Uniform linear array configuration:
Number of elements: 48
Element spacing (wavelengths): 0.25
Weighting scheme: blackman
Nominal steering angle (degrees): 30
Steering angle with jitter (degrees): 28.143
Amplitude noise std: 0.05
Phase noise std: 0.05

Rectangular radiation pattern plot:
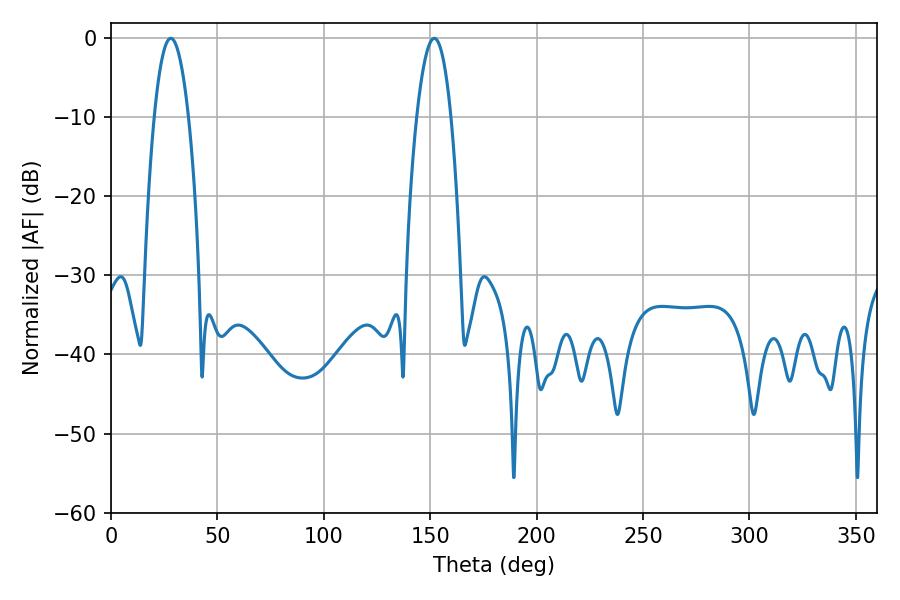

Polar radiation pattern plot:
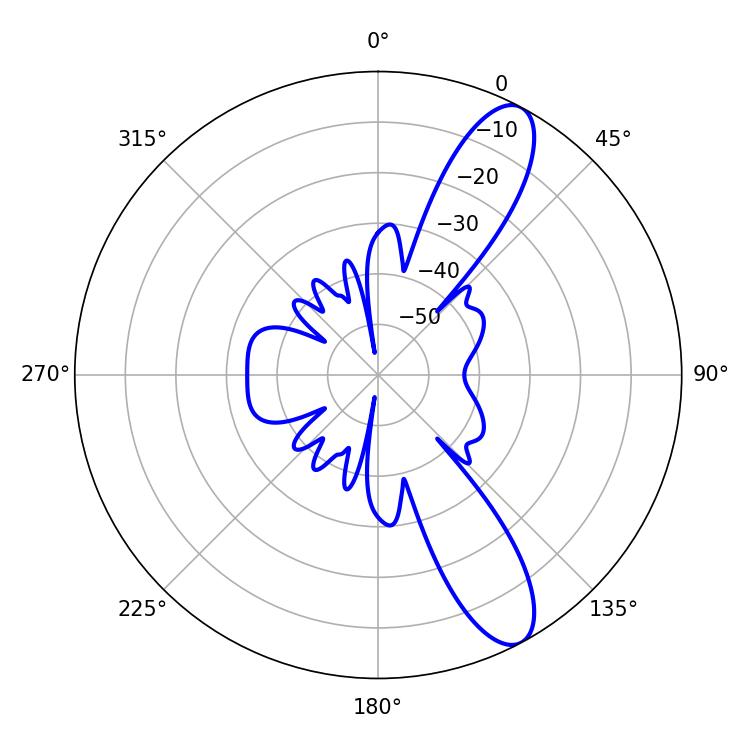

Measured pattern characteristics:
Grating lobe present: FALSE
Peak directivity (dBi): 11.056
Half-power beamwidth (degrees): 8.82
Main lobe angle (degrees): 28.08